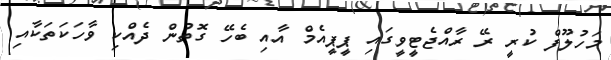
މަހުލޫފް ކުރީ ރޭ ރާއްޖެޓީވީގައި ޕީޕީއެމް އާއި ބެހޭ ގޮތުން ދެއްކި ވާހަކަތަކާއި